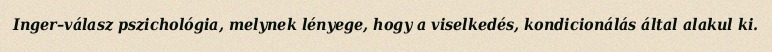
Inger–válasz pszichológia, melynek lényege, hogy a viselkedés, kondicionálás által alakul ki.